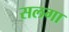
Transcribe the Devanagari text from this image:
सलगा